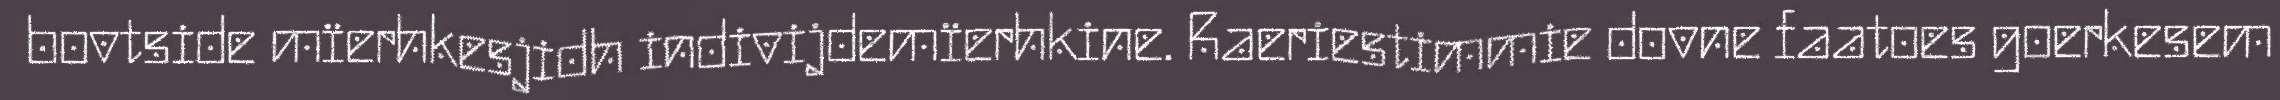
bovtside mïerhkesjidh indivijdemïerhkine. Raeriestimmie dovne faatoes goerkesem